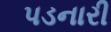
પડનારી